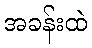
အခန်းထဲ